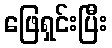
ဖြေရှင်းပြီး